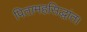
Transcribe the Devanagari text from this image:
पितामहसिद्धांत।